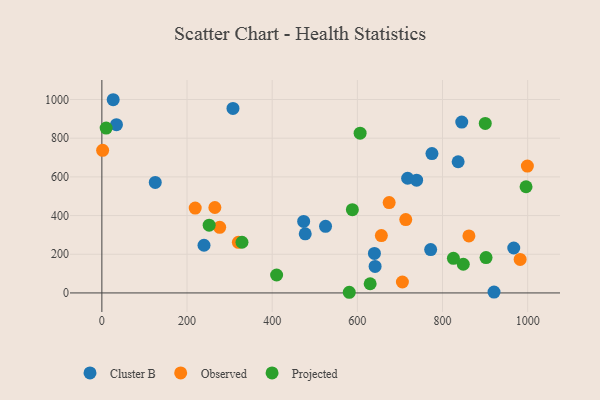
{"axis": {"x": "Engine Size", "y": "Fuel Efficiency"}, "legend": ["Cluster B", "Observed", "Projected"], "data": [{"x": "525.3", "y": 344.4, "type": "Cluster B"}, {"x": "775.2", "y": 720.6, "type": "Cluster B"}, {"x": "772.2", "y": 224.3, "type": "Cluster B"}, {"x": "34.3", "y": 869.8, "type": "Cluster B"}, {"x": "473.9", "y": 369.9, "type": "Cluster B"}, {"x": "836.7", "y": 678.3, "type": "Cluster B"}, {"x": "125.4", "y": 571.4, "type": "Cluster B"}, {"x": "718.1", "y": 593.0, "type": "Cluster B"}, {"x": "967.3", "y": 232.4, "type": "Cluster B"}, {"x": "845.2", "y": 883.1, "type": "Cluster B"}, {"x": "641.7", "y": 137.3, "type": "Cluster B"}, {"x": "239.9", "y": 246.6, "type": "Cluster B"}, {"x": "921.0", "y": 4.2, "type": "Cluster B"}, {"x": "477.6", "y": 305.7, "type": "Cluster B"}, {"x": "640.1", "y": 204.5, "type": "Cluster B"}, {"x": "739.2", "y": 583.1, "type": "Cluster B"}, {"x": "26.6", "y": 998.9, "type": "Cluster B"}, {"x": "307.9", "y": 954.1, "type": "Cluster B"}, {"x": "705.8", "y": 56.5, "type": "Observed"}, {"x": "276.7", "y": 339.1, "type": "Observed"}, {"x": "713.7", "y": 379.4, "type": "Observed"}, {"x": "862.0", "y": 294.7, "type": "Observed"}, {"x": "320.6", "y": 261.7, "type": "Observed"}, {"x": "656.4", "y": 296.4, "type": "Observed"}, {"x": "999.3", "y": 655.8, "type": "Observed"}, {"x": "219.2", "y": 438.5, "type": "Observed"}, {"x": "265.4", "y": 441.7, "type": "Observed"}, {"x": "982.3", "y": 173.4, "type": "Observed"}, {"x": "674.7", "y": 466.9, "type": "Observed"}, {"x": "1.8", "y": 737.4, "type": "Observed"}, {"x": "996.2", "y": 548.9, "type": "Projected"}, {"x": "630.1", "y": 47.5, "type": "Projected"}, {"x": "581.0", "y": 3.4, "type": "Projected"}, {"x": "848.8", "y": 148.4, "type": "Projected"}, {"x": "900.4", "y": 876.4, "type": "Projected"}, {"x": "902.2", "y": 182.8, "type": "Projected"}, {"x": "10.1", "y": 852.3, "type": "Projected"}, {"x": "825.6", "y": 178.7, "type": "Projected"}, {"x": "252.0", "y": 350.1, "type": "Projected"}, {"x": "329.1", "y": 262.1, "type": "Projected"}, {"x": "588.3", "y": 430.5, "type": "Projected"}, {"x": "606.5", "y": 826.0, "type": "Projected"}, {"x": "410.4", "y": 92.8, "type": "Projected"}]}